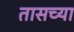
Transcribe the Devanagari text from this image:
तासच्या